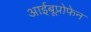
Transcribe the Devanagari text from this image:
आईबूप्रोफेन